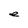
Character: e